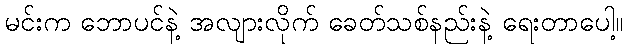
မင်းက ဘောပင်နဲ့ အလျားလိုက် ခေတ်သစ်နည်းနဲ့ ရေးတာပေါ့။